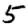
Digit: 5